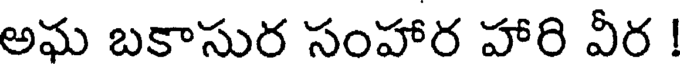
అఘ బకాసుర సంహార హారి వీర !